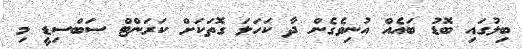
ބިލުގައި ބޮޑު ބައެއް އުނިވެގެން ދާ ކަހަލަ ގޮތަކަށް ކަރަންޓް ސަބްސިޑީ މި